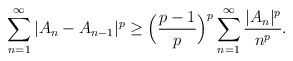
\begin{align*}{}&\displaystyle\sum_{n=1}^{\infty}|A_n-A_{n-1}|^{p}\geq\Big(\frac{p-1}{p}\Big)^{p}\displaystyle\sum_{n=1}^{\infty}\frac{|A_n|^{p}}{n^{p}}.\end{align*}